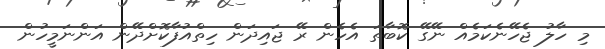
މި ހާލު ޖެހޭނެކަމެއް ނޭގޭ ކޮބާތަ އެހެން ރޭ ޖައިދަން ހިތްއުފާކޮށްދޭން އަންނަމީހުން